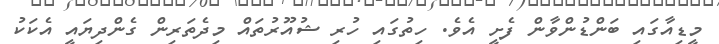
މީޑިއާގައި ބަންޑުންވާން ފެށީ އެވެ. ހިތުގައި ހުރި ޝުއޫރުތައް މިދެތަރިން ގެންދިޔައީ އެކަކު